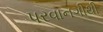
પરવાનગીથી